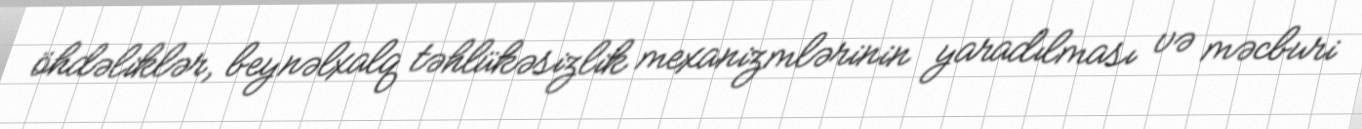
öhdəliklər, beynəlxalq təhlükəsizlik mexanizmlərinin yaradılması və məcburi